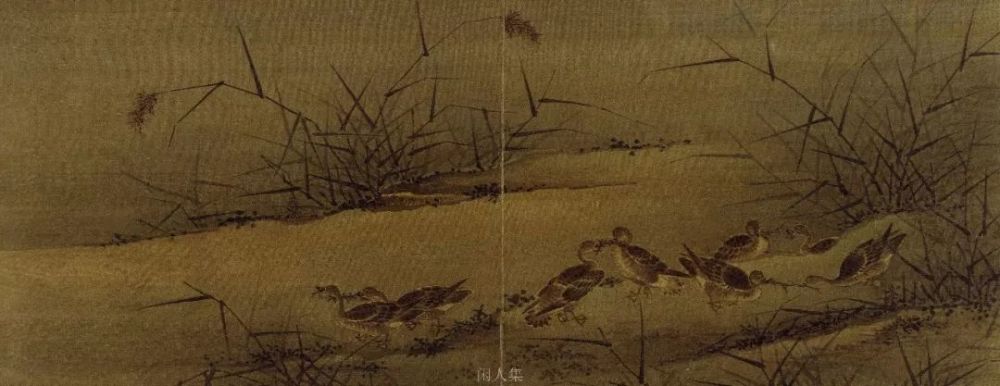
人迷洞庭水，雁度潇湘烟。